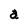
Character: a